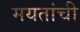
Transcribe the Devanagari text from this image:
मयतांची